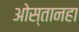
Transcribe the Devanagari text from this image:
ओस्तानहा